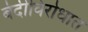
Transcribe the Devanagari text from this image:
बंदीविरोधात